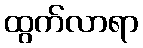
ထွက်လာရာ